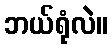
ဘယ်ရုံလဲ။